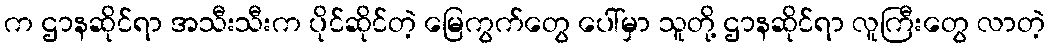
က ဌာနဆိုင်ရာ အသီးသီးက ပိုင်ဆိုင်တဲ့ မြေကွက်တွေ ပေါ်မှာ သူတို့ ဌာနဆိုင်ရာ လူကြီးတွေ လာတဲ့